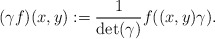
\begin{align*}(\gamma f)(x,y) := \frac{1}{\det(\gamma)}f((x,y)\gamma).\end{align*}